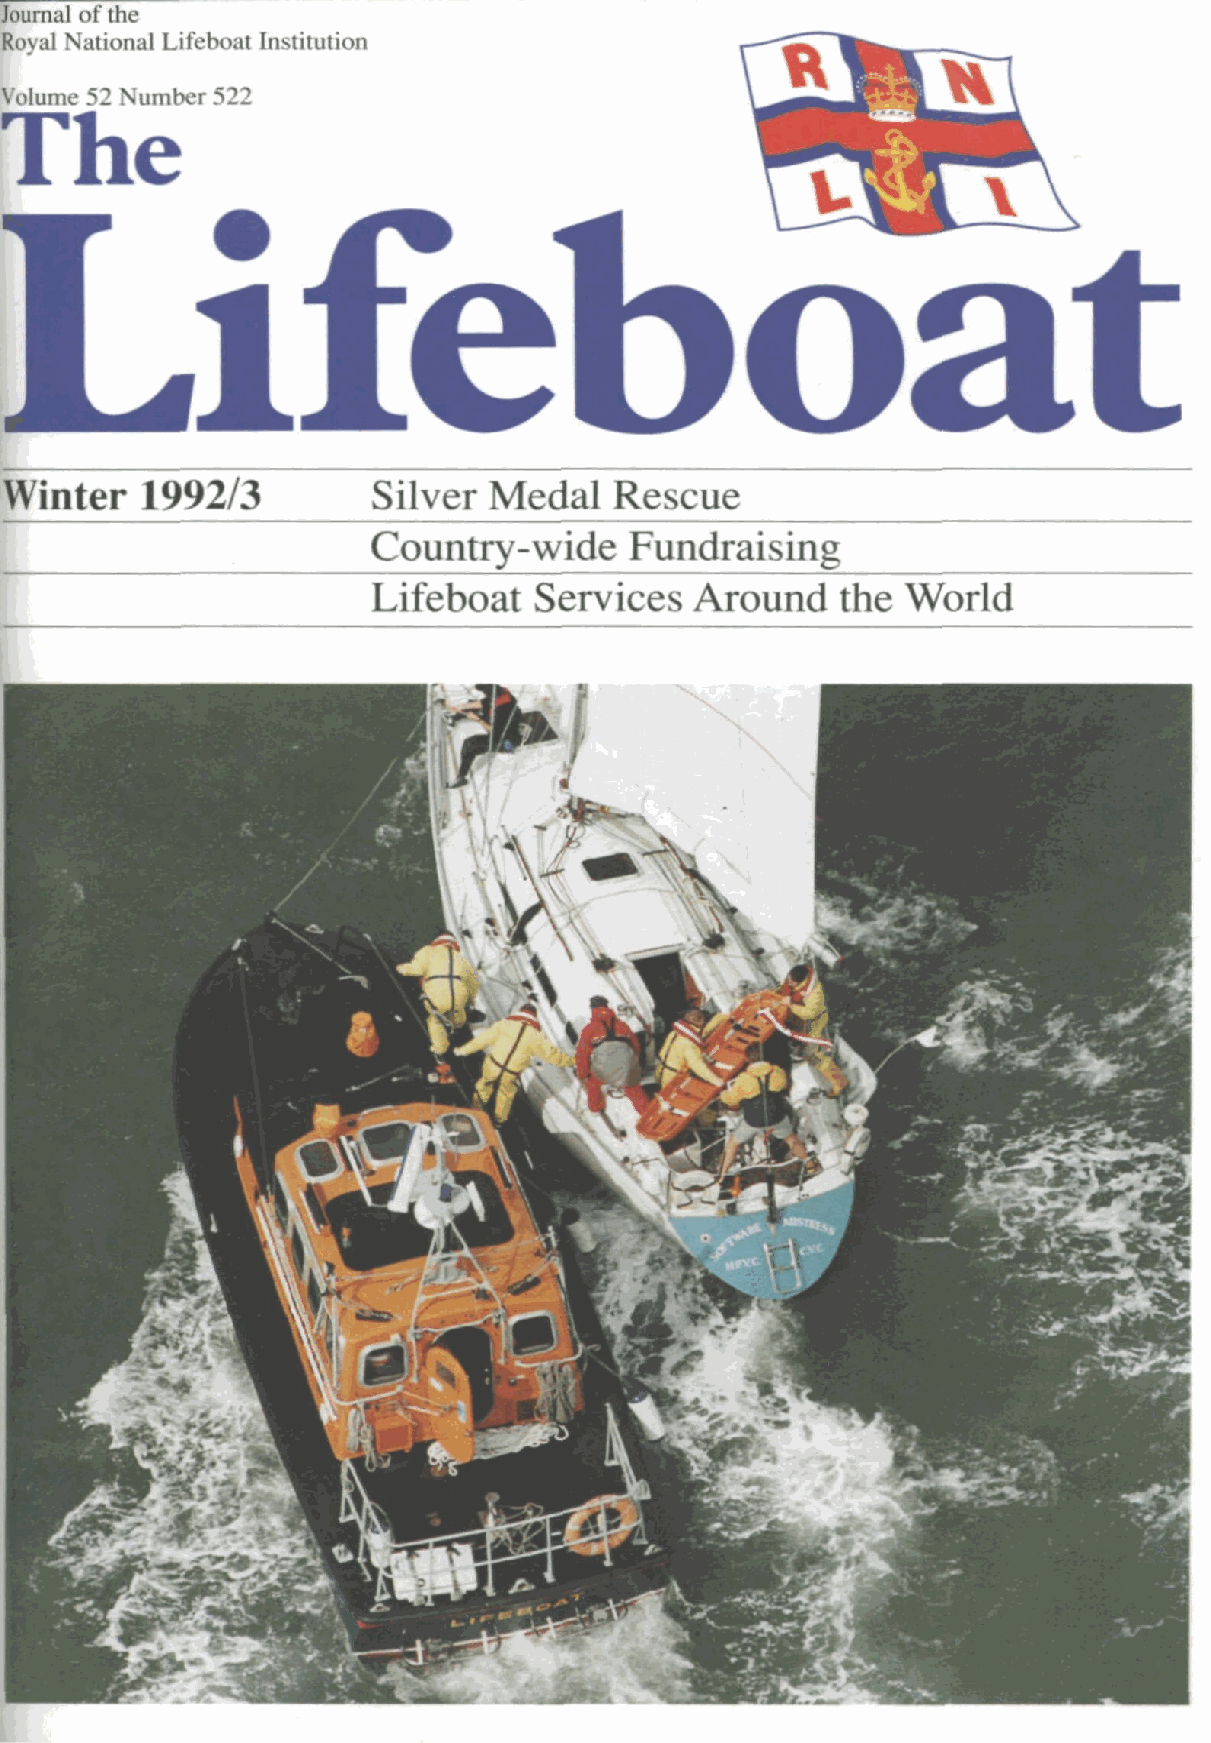
r Journal of the
 Royal National Lifeboat Institution
 Volume 52 Number 522
 The
 Lifeboat
 Winter   1992/3          Silver Medal    Rescue
 Country-wide     Fundraising
 Lifeboat  Services   Around    the World